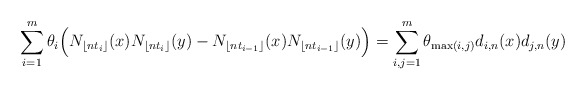
\begin{align*}\sum_{i=1}^m\theta_i\Big(N_{\lfloor nt_i\rfloor}(x)N_{\lfloor nt_i\rfloor}(y)-N_{\lfloor nt_{i-1}\rfloor}(x)N_{\lfloor nt_{i-1}\rfloor}(y)\Big)=\sum_{i,j=1}^m \theta_{\max(i,j)}d_{i,n}(x)d_{j,n}(y)\end{align*}